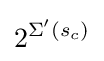
2^{\Sigma '(s_{c})}